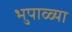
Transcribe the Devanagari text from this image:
भुपाळ्या